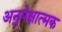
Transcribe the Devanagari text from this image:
अनुपेक्षात्मक